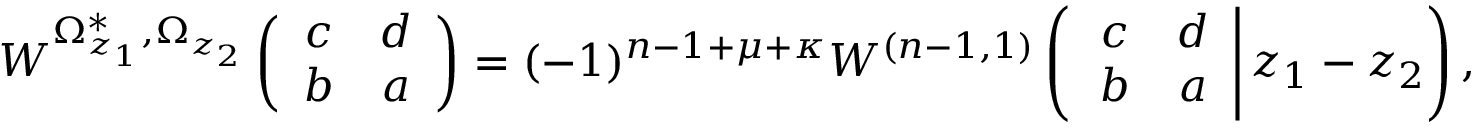
W ^ { \Omega _ { z _ { 1 } } ^ { * } , \Omega _ { z _ { 2 } } } \left( \begin{array} { c c } { { c } } & { { d } } \\ { { b } } & { { a } } \end{array} \right) = ( - 1 ) ^ { n - 1 + \mu + \kappa } W ^ { ( n - 1 , 1 ) } \left( \left. \begin{array} { c c } { { c } } & { { d } } \\ { { b } } & { { a } } \end{array} \right| z _ { 1 } - z _ { 2 } \right) ,